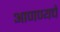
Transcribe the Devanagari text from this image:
आणण्यचे